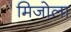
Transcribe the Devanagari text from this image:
मिजोला